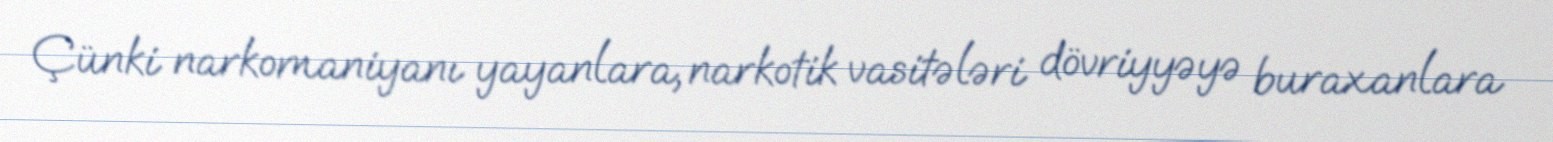
Çünki narkomaniyanı yayanlara, narkotik vasitələri dövriyyəyə buraxanlara